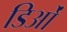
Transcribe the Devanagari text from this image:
डिओं